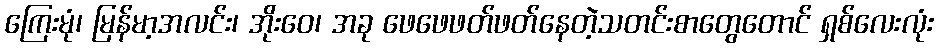
ကြေးမုံ၊ မြန်မာ့အလင်း၊ အိုးဝေ၊ အခု ဖေဖေဖတ်ဖတ်နေတဲ့သတင်းစာတွေတောင် ရှစ်လေးလုံး